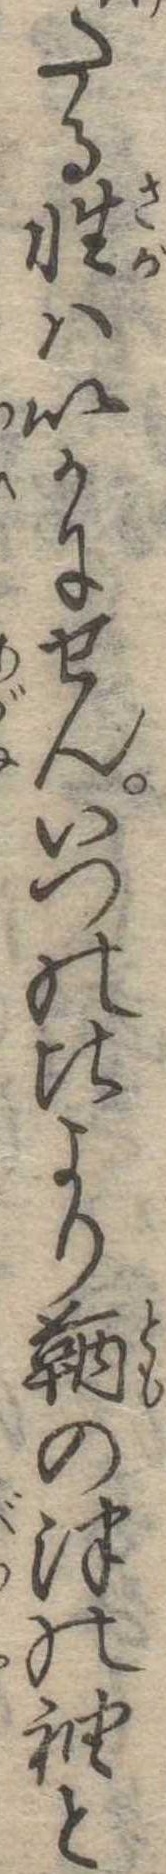
たる性はいかにせんいつの比より鞆の津の袖と